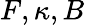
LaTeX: F,\kappa,B